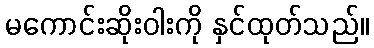
မကောင်းဆိုးဝါးကို နှင်ထုတ်သည်။